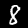
Digit: 8